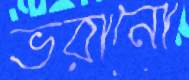
ভরানো